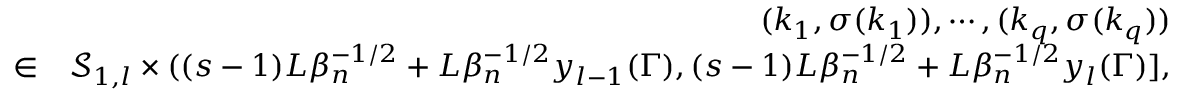
\begin{array} { r l r } & { } & { ( k _ { 1 } , \sigma ( k _ { 1 } ) ) , \cdots , ( k _ { q } , \sigma ( k _ { q } ) ) } \\ & { \in } & { \mathcal { S } _ { 1 , l } \times ( ( s - 1 ) L \beta _ { n } ^ { - 1 \slash 2 } + L \beta _ { n } ^ { - 1 \slash 2 } y _ { l - 1 } ( \Gamma ) , ( s - 1 ) L \beta _ { n } ^ { - 1 \slash 2 } + L \beta _ { n } ^ { - 1 \slash 2 } y _ { l } ( \Gamma ) ] , } \end{array}